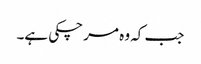
جب کہ وہ مر چکی ہے۔